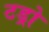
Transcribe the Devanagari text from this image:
टड्रो